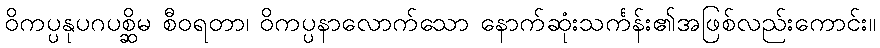
ဝိကပ္ပနုပဂပစ္ဆိမ စီဝရတာ၊ ဝိကပ္ပနာလောက်သော နောက်ဆုံးသင်္ကန်း၏အဖြစ်လည်းကောင်း။